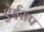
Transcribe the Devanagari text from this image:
ऐईसप